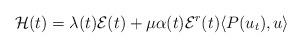
LaTeX: \begin{align*} \mathcal{H}(t) =\lambda(t) \mathcal{E}(t) + \mu \alpha(t)\mathcal{E}^r(t)\langle P(u_t), u\rangle\end{align*}